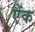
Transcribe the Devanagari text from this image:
ऐंक